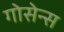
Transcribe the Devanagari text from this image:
गोसेन्स